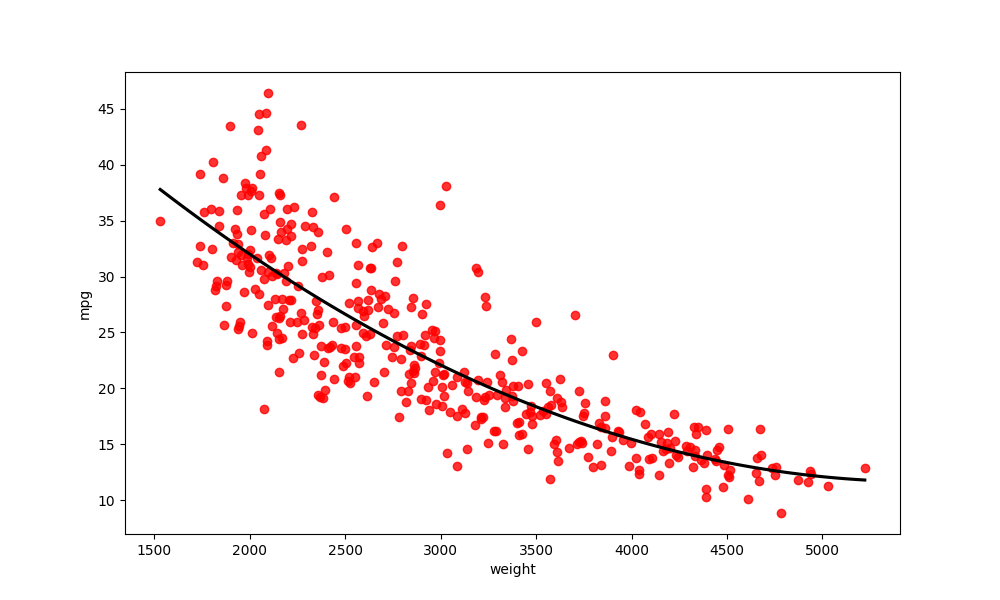
python, seaborn, regplot, order=2, ci=None, scatter_color=red, line_color=black